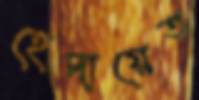
হেদায়েত